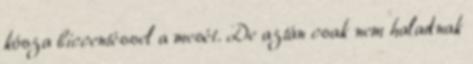
kósza biccentéssel a mesét. De aztán csak nem haladnak